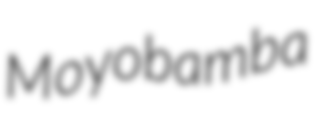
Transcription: Moyobamba